Indian journal of veterinary science and animal husbandry - Volumes 22-23, 1952-1953
Year: 1952
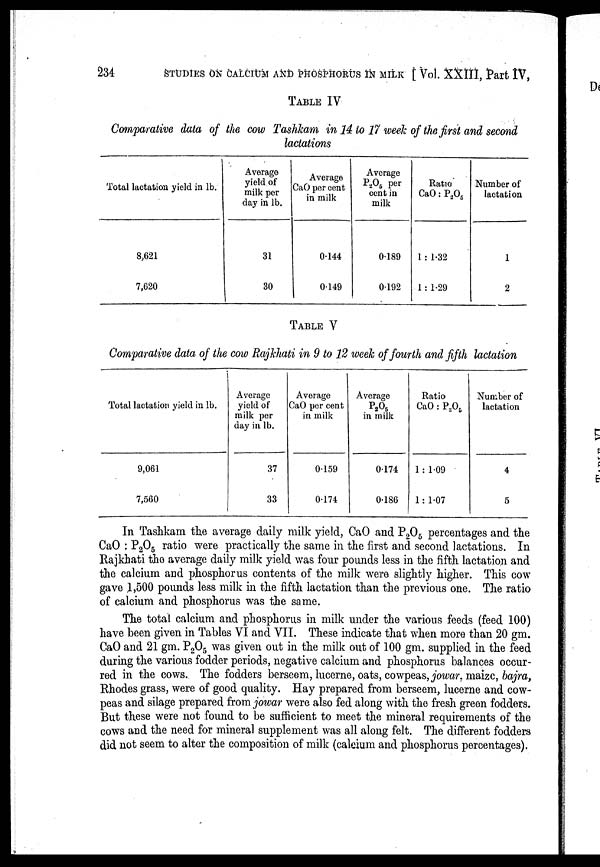
234 STUDIES ON CALCIUM AND PHOSPHORUS IN MILK [ Vol. XXIII, Part IV,
TABLE IV
Comparative data of the cow Tashkam in 14 to 17 week of the first and second
lactations
Total lactation yield in lb.
8,621
7,620
Average
yield of
milk per
day in lb.
31
30
Average
CaO per cent
in milk
0.144
0.149
Average
P 2 O 5 per
cent in
milk
0.189
0.192
Ratio
CaO : P 2 O 5
1 : 1.32
1 : 1.29
Number of
lactation
1
2
TABLE V
Comparative data of the cow Rajkhati in 9 to 12 week of fourth and fifth lactation
Total lactation yield in lb.
9,061
7,560
Average
yield of
milk per
day in lb.
37
33
Average
CaO per cent
in milk
0.159
0.174
Average
P 2 O 5
in milk
0.174
0.186
Ratio
CaO : P 2 O 5
1 : 1.09
1 : 1.07
Number of
lactation
4
5
In Tashkam the average daily milk yield, CaO and P 2 O 5 percentages and the
CaO : P 2 O 5 ratio were practically the same in the first and second lactations. In
Rajkhati the average daily milk yield was four pounds less in the fifth lactation and
the calcium and phosphorus contents of the milk were slightly higher. This cow
gave 1,500 pounds less milk in the fifth lactation than the previous one. The ratio
of calcium and phosphorus was the same.
The total calcium and phosphorus in milk under the various feeds (feed 100)
have been given in Tables VI and VII. These indicate that when more than 20 gm.
CaO and 21 gm. P 2 O 5 was given out in the milk out of 100 gm. supplied in the feed
during the various fodder periods, negative calcium and phosphorus balances occur-
red in the cows. The fodders berseem, lucerne, oats, cowpeas, jowar, maize, bajra,
Rhodes grass, were of good quality. Hay prepared from berseem, lucerne and cow-
peas and silage prepared from jowar were also fed along with the fresh green fodders.
But these were not found to be sufficient to meet the mineral requirements of the
cows and the need for mineral supplement was all along felt. The different fodders
did not seem to alter the composition of milk (calcium and phosphorus percentages).